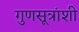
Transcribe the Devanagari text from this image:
गुणसूत्रांशी